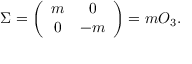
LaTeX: \Sigma = \left( \begin{array} { c c } { { m } } & { { 0 } } \\ { { 0 } } & { { - m } } \end{array} \right) = m O _ { 3 } .